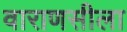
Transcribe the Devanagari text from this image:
वाराणसीला